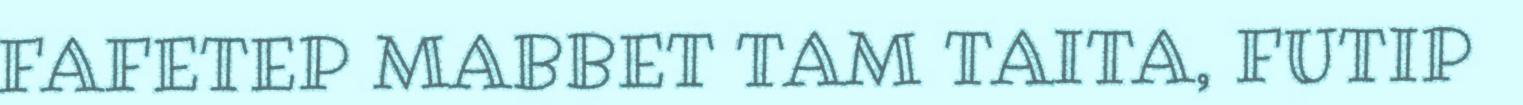
FAFETEP MABBET TAM TAITA, FUTIP